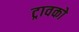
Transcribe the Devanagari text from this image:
ट्रावको